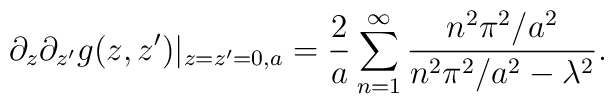
\partial_z\partial_{z'}g(z,z')|_{z=z'=0,a}={2\over a}\sum_{n=1}^\infty{n^2\pi^2/a^2\over n^2\pi^2/a^2-\lambda^2}.